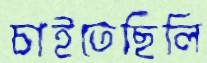
চাইতেছিলি